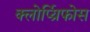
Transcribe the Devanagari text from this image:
क्लोर्प्य्रिफोस